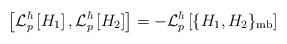
\begin{align*}\left[ {\cal L}_p^\hbar \left[ H_1 \right],{\cal L}_p^\hbar \left[ H_2 \right] \right] =- {\cal L}_p^\hbar \left[ \{H_1, H_2\}_{\rm mb} \right]\end{align*}